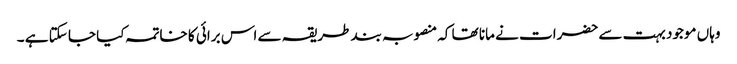
وہاں موجود بہت سے حضرات نے مانا تھا کہ منصوبہ بند طریقہ سے اس برائی کا خاتمہ کیا جا سکتا ہے ۔